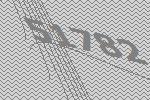
51782